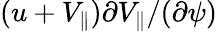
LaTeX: (u+V_{\parallel})\partial V_{\parallel}/(\partial\psi)